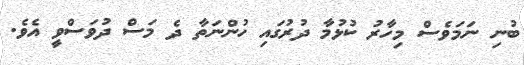
ބުނި ނަމަވެސް މިހާރު ކުޅުމާ ދުރުގައި ހުންނަތާ ދެ މަސް ދުވަސްވީ އެވެ.